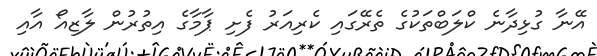
އޭނާ ގުޅިދާނެ ކްލަބްތަކުގެ ތެރޭގައި ކެރިއަރު ފެށި ޕާމާގެ އިތުރުން ލާޒިއޯ އާއި